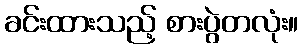
ခင်းထားသည့် စားပွဲတလုံး။